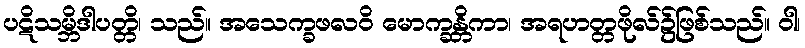
ပဋိသမ္ဘိဒါပတ္တိ၊ သည်။ အသေက္ခဖလဝိ မောက္ခန္တိကာ၊ အရဟတ္တဖိုလ်၌ဖြစ်သည်။ ဝါ၊